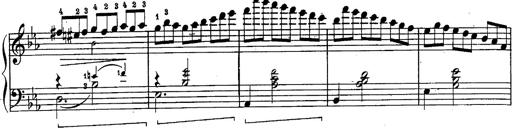
Title: Schubert's Impromptus [revised and edited by Franz Liszt]
Composer: Franz Liszt